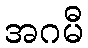
အဂမီ